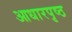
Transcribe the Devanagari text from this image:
आधारपृष्ठ